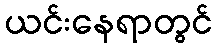
ယင်းနေရာတွင်